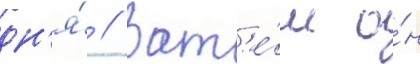
дн'я́ // Зат'е́м о́н